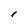
Character: l